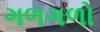
ગળગળો